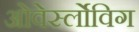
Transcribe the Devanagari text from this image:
ओवेर्स्लोविग